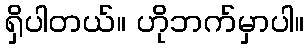
ရှိပါတယ်။ ဟိုဘက်မှာပါ။